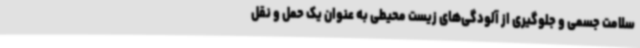
سلامت جسمی و جلوگیری از آلودگی‌های زیست محیطی به عنوان یک حمل و نقل